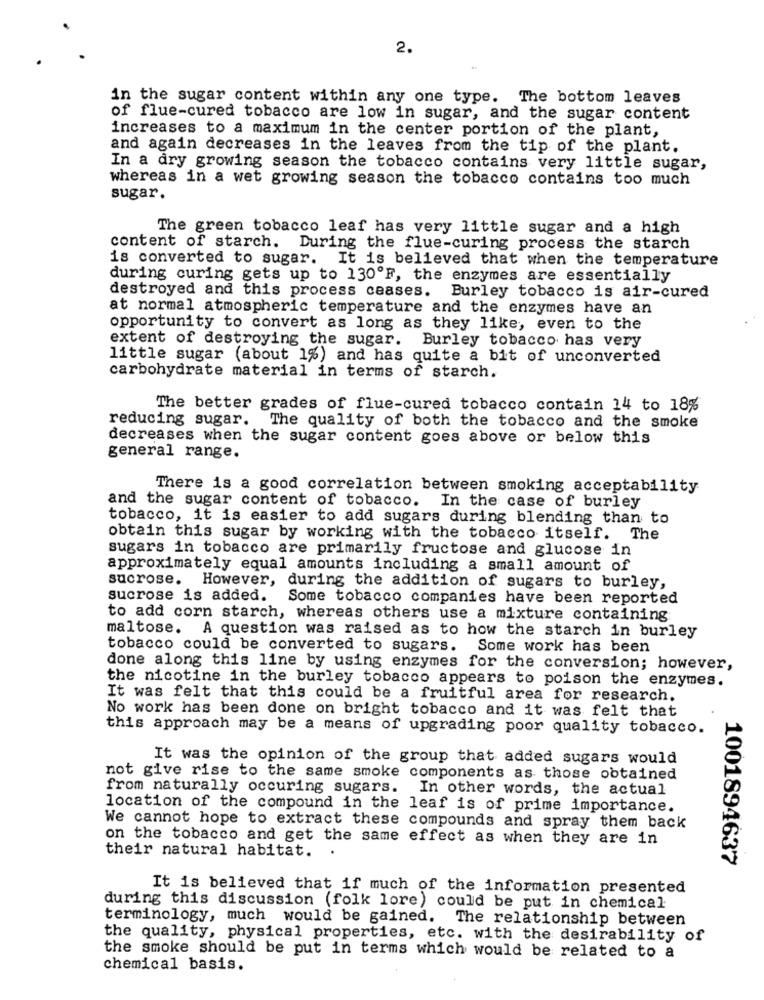
2.
in the sugar content within any one type. The bottom leaves
of flue-cured tobacco are low in sugar, and the sugar content
increases to a maximum in the center portion of the plant,
and again decreases in the leaves from the tip of the plant.
In a dry growing season the tobacco contains very little sugar,
whereas in a wet growing season the tobacco contains too much
sugar.
The green tobacco leaf has very little sugar and a high
content of starch. During the flue-curing process the starch
is converted to sugar. It is believed that when the temperature
during curing gets up to 130ºF, the enzymes are essentially
destroyed and this process ceases. Burley tobacco is air-cured
at normal atmospheric temperature and the enzymes have an
opportunity to convert as long as they like, even to the
extent of destroying the sugar. Burley tobacco has very
little sugar (about 1%) and has quite a bit of unconverted
carbohydrate material in terms of starch.
The better grades of flue-cured tobacco contain 14 to 18%
reducing sugar. The quality of both the tobacco and the smoke
decreases when the sugar content goes above or below this
general range.
There is a good correlation between smoking acceptability
and the sugar content of tobacco. In the case of burley
tobacco, it is easier to add sugars during blending than to
obtain this sugar by working with the tobacco itself. The
sugars in tobacco are primarily fructose and glucose in
approximately equal amounts including a small amount of
sucrose. However, during the addition of sugars to burley,
sucrose is added. Some tobacco companies have been reported
to add corn starch, whereas others use a mixture containing
maltose. A question was raised as to how the starch in burley
tobacco could be converted to sugars.
Some work has been
done along this line by using enzymes for the conversion; however,
the nicotine in the burley tobacco appears to poison the enzymes.
It was felt that this could be a fruitful area for research.
No work has been done on bright tobacco and it was felt that
this approach may be a means of upgrading poor quality tobacco.
It was the opinion of the group that added sugars would
not give rise to the same smoke components as those obtained
from naturally occuring sugars. In other words, the actual
location of the compound in the leaf is of prime importance.
We cannot hope to extract these compounds and spray them back
on the tobacco and get the same effect as when they are in
their natural habitat.
1001894637
It is believed that if much of the information presented
during this discussion (folk lore) could be put in chemical
terminology, much would be gained. The relationship between
the quality, physical properties, etc. with the desirability of
the smoke should be put in terms which would be related to a
chemical basis.